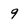
Character: 9